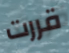
قررت